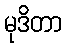
မုဒိတာ